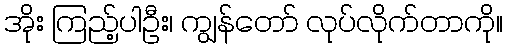
အိုး ကြည့်ပါဦး၊ ကျွန်တော် လုပ်လိုက်တာကို။